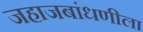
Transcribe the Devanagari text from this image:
जहाजबांधणीला